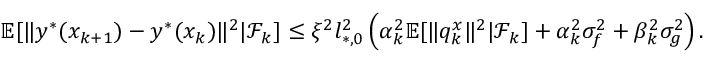
\begin{array} { r } { \mathbb { E } [ \| y ^ { * } ( x _ { k + 1 } ) - y ^ { * } ( x _ { k } ) \| ^ { 2 } | \mathcal { F } _ { k } ] \le \xi ^ { 2 } l _ { * , 0 } ^ { 2 } \left( \alpha _ { k } ^ { 2 } \mathbb { E } [ \| q _ { k } ^ { x } \| ^ { 2 } | \mathcal { F } _ { k } ] + \alpha _ { k } ^ { 2 } \sigma _ { f } ^ { 2 } + \beta _ { k } ^ { 2 } \sigma _ { g } ^ { 2 } \right) . } \end{array}